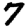
Digit: 7